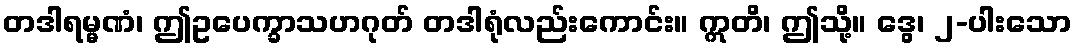
တဒါရမ္မဏံ၊ ဤဥပေက္ခာသဟဂုတ် တဒါရုံလည်းကောင်း။ ဣတိ၊ ဤသို့။ ဒွေ၊ ၂-ပါးသော